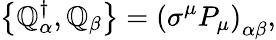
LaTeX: \left\{ \mathbb{Q}_{\alpha}^{\dagger},\mathbb{Q}_{\beta}\right\} =\left(\sigma^{\mu}P_{\mu}\right)_{\alpha\beta},